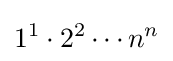
1^{1}\cdot 2^{2}\cdots n^{n}